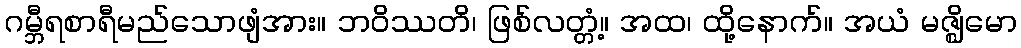
ဂမ္ဘီရစာရီမည်သောဖျံအား။ ဘဝိဿတိ၊ ဖြစ်လတ္တံ့။ အထ၊ ထို့နောက်။ အယံ မဇ္ဈိမော